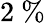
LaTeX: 2~\%